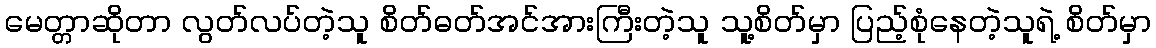
မေတ္တာဆိုတာ လွတ်လပ်တဲ့သူ စိတ်ဓတ်အင်အားကြီးတဲ့သူ သူ့စိတ်မှာ ပြည့်စုံနေတဲ့သူရဲ့ စိတ်မှာ